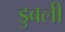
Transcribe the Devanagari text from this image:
डुबली